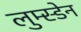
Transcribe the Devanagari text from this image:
लुम्स्डेन